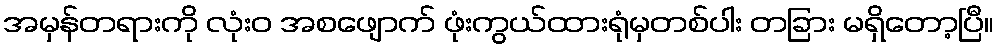
အမှန်တရားကို လုံးဝ အစဖျောက် ဖုံးကွယ်ထားရုံမှတစ်ပါး တခြား မရှိတော့ပြီ။